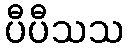
ပီပီသသ